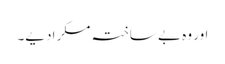
اور وہ بے ساختہ مسکرادیے۔